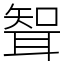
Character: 聟